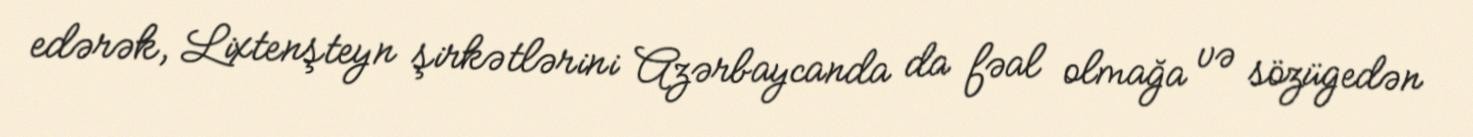
edərək, Lixtenşteyn şirkətlərini Azərbaycanda da fəal olmağa və sözügedən